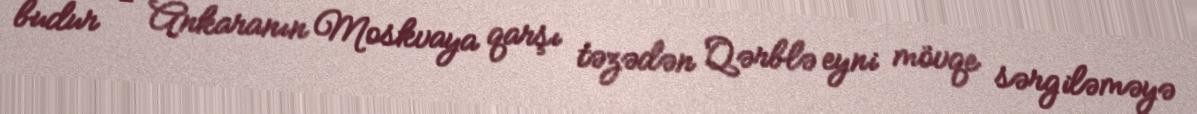
budur - Ankaranın Moskvaya qarşı təzədən Qərblə eyni mövqe sərgiləməyə